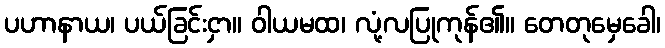
ပဟာနာယ၊ ပယ်ခြင်းငှာ။ ဝါယမထ၊ လုံ့လပြုကုန်၏။ တေတုမှေခေါ၊